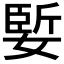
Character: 𪦑